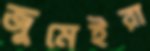
জুমেইরা